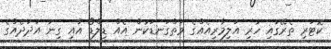
ކޮޓަރި ތެރޭގައި ހުރި އަލިމާރިއެއްގެ ވަތްގަނޑަކުން އެއް ޑިލްޑޯ އާއި ގިނަ އަދަދެއްގެ